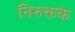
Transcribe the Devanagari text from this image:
निरुक्तके